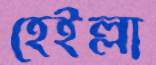
হেইল্লা